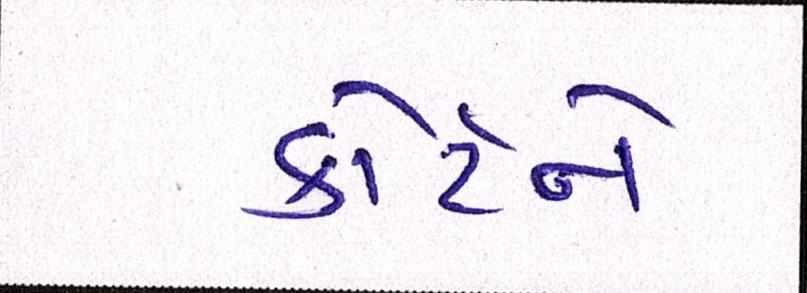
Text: કોર્ટને